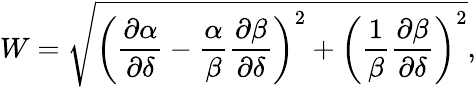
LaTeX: W=\sqrt{\left(\frac{\partial\alpha}{\partial\delta}-\frac{\alpha}{\beta}\frac{\partial\beta}{\partial\delta}\right)^{2}+\left(\frac{1}{\beta}\frac{\partial\beta}{\partial\delta}\right)^{2}},